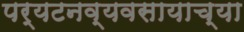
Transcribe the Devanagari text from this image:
पर्यटनव्यवसायाच्या